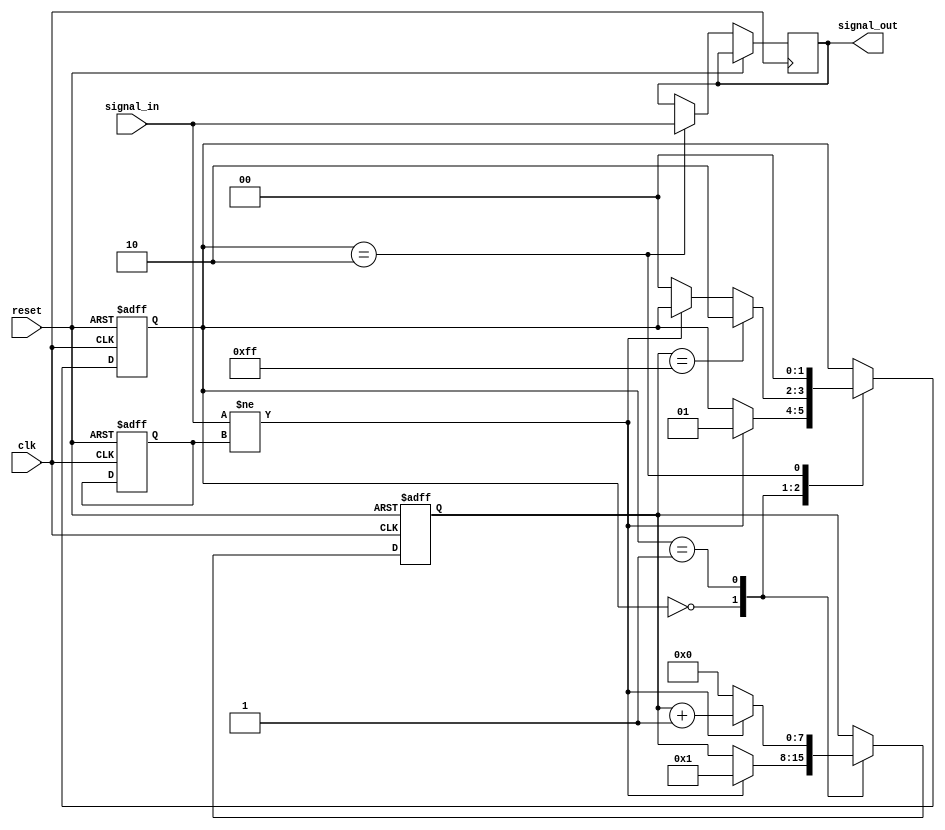
module debounce_circuit (
  input wire clk,
  input wire reset,
  input wire signal_in,
  output reg signal_out
);

reg [1:0] state;
reg [7:0] counter;
reg prev_signal;

always @(posedge clk or posedge reset) begin
  if (reset) begin
    state <= 2'b00;
    counter <= 8'b00000000;
    prev_signal <= 1'b0;
  end else begin
    case (state)
      2'b00: begin // IDLE state
        if (signal_in != prev_signal) begin
          counter <= 8'b00000001;
          state <= 2'b01; // COUNTING state
        end
      end
      2'b01: begin // COUNTING state
        if (signal_in != prev_signal) begin
          counter <= counter + 1;
        end else begin
          counter <= 8'b00000000;
          state <= 2'b00; // IDLE state
        end

        if (counter == 8'b11111111) begin
          state <= 2'b10; // OUTPUT state
        end
      end
      2'b10: begin // OUTPUT state
        signal_out <= signal_in;
        state <= 2'b00; // IDLE state
      end
    endcase
  end
end

endmodule